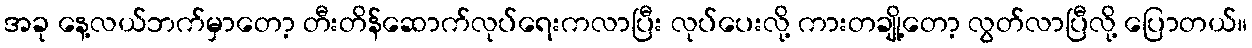
အခု နေ့လယ်ဘက်မှာတော့ တီးတိန်ဆောက်လုပ်ရေးကလာပြီး လုပ်ပေးလို့ ကားတချို့တော့ လွတ်လာပြီလို့ ပြောတယ်။